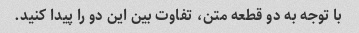
با توجه به دو قطعه متن، تفاوت بین این دو را پیدا کنید.